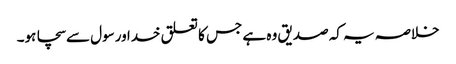
خلاصہ یہ کہ صدیق وہ ہے جس کا تعلق خدا ورسول سےسچا ہو۔